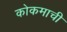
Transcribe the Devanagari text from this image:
कोकमाची